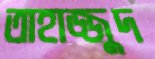
তাহাজ্জুদ